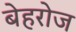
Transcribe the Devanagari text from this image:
बेहरोज